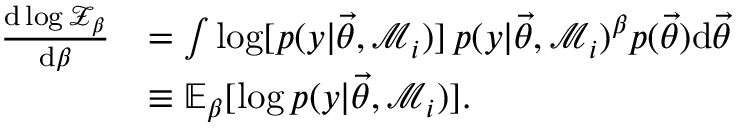
\begin{array} { r l } { \frac { \mathrm { d } \log \mathcal { Z } _ { \beta } } { \mathrm { d } \beta } } & { = \int \log [ p ( y | \ensuremath { \vec { \theta } } , \mathcal { M } _ { i } ) ] \, p ( y | \ensuremath { \vec { \theta } } , \mathcal { M } _ { i } ) ^ { \beta } p ( \ensuremath { \vec { \theta } } ) \mathrm { d } \ensuremath { \vec { \theta } } } \\ & { \equiv \mathbb { E } _ { \beta } [ \log p ( y | \ensuremath { \vec { \theta } } , \mathcal { M } _ { i } ) ] . } \end{array}